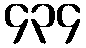
၄၃၄